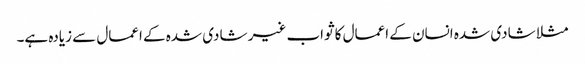
مثلا شادی شدہ انسان کے اعمال کا ثواب غیر شادی شدہ کے اعمال سے زیادہ ہے۔